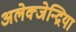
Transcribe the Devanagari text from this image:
अलेक्जेन्द्रिया